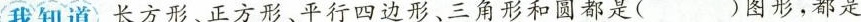
我知道 长方形、正方形、平行四边形、三角形和圆都是( )图形，都是